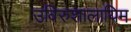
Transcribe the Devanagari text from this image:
उविरुशालायिम